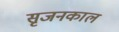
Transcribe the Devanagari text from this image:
सृजनकाल